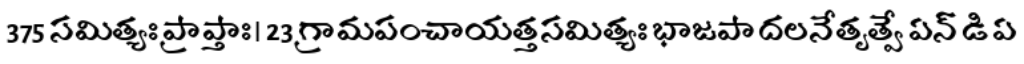
375 సమిత్యః ప్రాప్తాః। 23 గ్రామపంచాయత్తసమిత్యః భాజపా దలనేతృత్వే ఏన్ డి ఏ